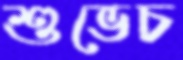
শুভেচ